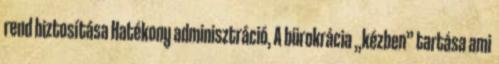
rend biztosítása Hatékony adminisztráció, A bürokrácia „kézben” tartása ami